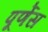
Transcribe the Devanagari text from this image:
पूर्णेस